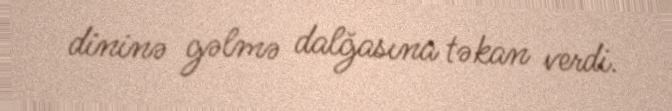
dininə gəlmə dalğasına təkan verdi.